Report on the working of the Ranchi Indian Mental Hospital, Kanke, in Bihar and Orissa - 1930-1940
Year: 1930
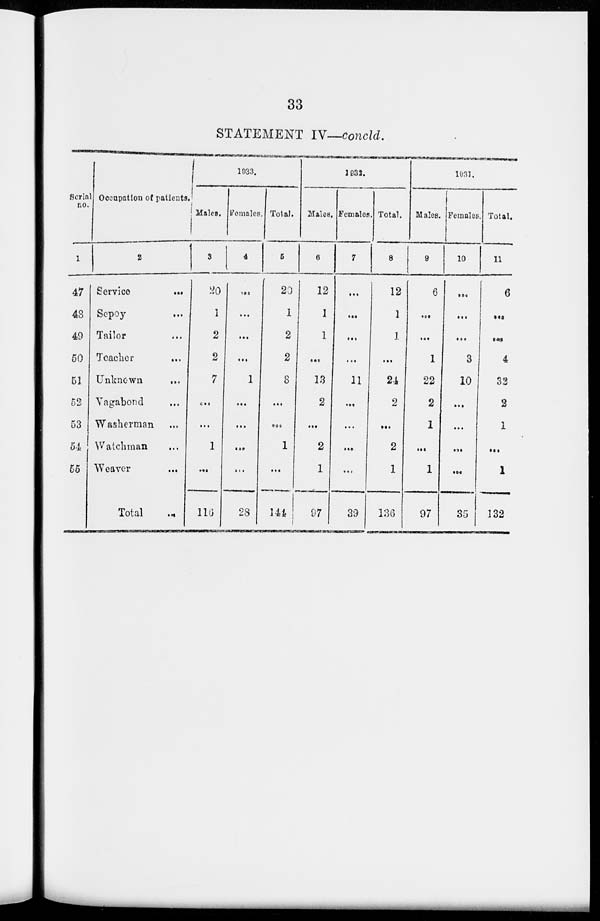
33
STATEMENT IV—concld.
Serial
no.
1
47
48
49
50
51
52
53
54
55
Occupation of patients
2
Service
...
Sepoy
...
Tailor ...
Teacher ...
Unknown ...
Vagabond ...
Washerman ...
Watchman ...
Weaver ...
Total ...
1933.
Males.
3
20
1
2
2
7
...
...
1
...
116
Females
4
...
...
...
...
1
...
...
...
...
28
Total.
5
20
1
2
2
8
...
...
1
...
144
1932.
Males.
6
12
1
1
...
13
2
...
2
1
97
Females
7
...
...
...
...
11
...
...
...
...
39
Total.
8
12
1
1
...
24
2
...
2
1
136
1931.
Males.
9
6
...
...
1
22
2
1
...
1
97
Females.
10
...
...
...
3
10
...
...
...
...
35
Total.
11
6
...
...
4
32
2
1
...
1
132